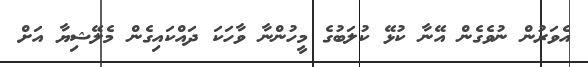
އެވަރުން ނުވެގެން އޭނާ ކުޅޭ ކުލަބުގެ މީހުންނާ ވާހަކަ ދައްކައިގެން މެލޭޝިޔާ އަށް